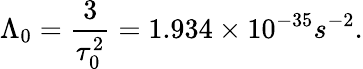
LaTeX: \Lambda_{0}=\frac{3}{\tau_{0}^{2}}=1.934\times 10^{-35}s^{-2}.